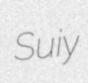
Suiy